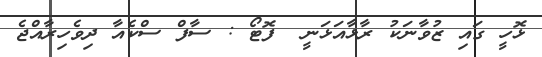
ޅޮހީ ގައި ޒުވާނަކު ރާޅާއަޅަނީ  ފޮޓޯ : ސާފް ސްކެއާ ދިވެހިރާއްޖެ